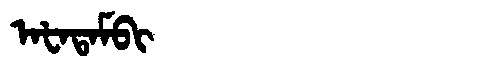
Manchu: ᠠᡶᠠᡨᠠᠮᠪᡳ
Romanization: AFATAMBI